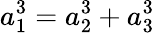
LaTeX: a_{1}^{3}=a_{2}^{3}+a_{3}^{3}